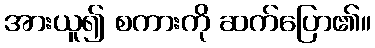
အားယူ၍ စကားကို ဆက်ပြော၏။